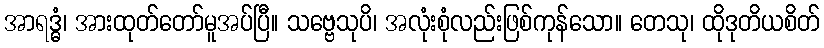
အာရဒ္ဓံ၊ အားထုတ်တော်မူအပ်ပြီ။ သဗ္ဗေသုပိ၊ အလုံးစုံလည်းဖြစ်ကုန်သော။ တေသု၊ ထိုဒုတိယစိတ်